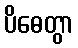
ပိဓေတွာ